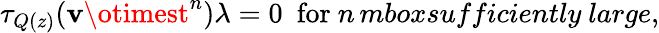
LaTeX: \tau_{Q(z)}(\mathbf{v}\otimest^{n})\lambda=0\ \ \mathrm{{for}}\ n\, mbox{sufficiently\ large},